Sketch of the medical history of the native army of Bombay, for the year
Year: 1870
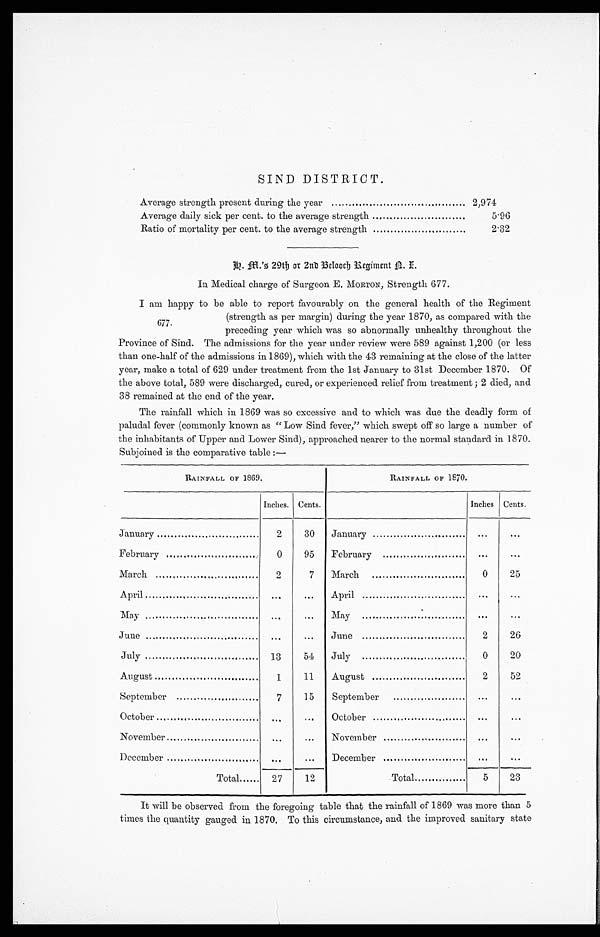
SIND DISTRICT.
Average strength present during the year
2,974
Average daily sick per cent. to the average strength
5.96
Ratio of mortality per cent. to the average strength
2.32
h . m . ' s
2 9 t h o r 2 n d B e l o o c h R e g i m e n t n . i .
In Medical charge of Surgeon E. MORTON, Strength 677.
I am happy to be able to report favourably on the general health of the Regiment
(strength as per margin) during the year 1870, as compared with the
preceding year which was so abnormally unhealthy throughout the
Province of Sind. The admissions for the year under review were 589 against 1,200 (or less
than one-half of the admissions in 1869), which with the 43 remaining at the close of the latter
year, make a total of 629 under treatment from the 1st January to 31st December 1870. Of
the above total, 589 were discharged, cured, or experienced relief from treatment; 2 died, and
38 remained at the end of the year.
The rainfall which in 1869 was so excessive and to which was due the deadly form of
paludal fever (commonly known as "Low Sind fever," which swept off so large a number of
the inhabitants of Upper and Lower Sind), approached nearer to the normal standard in 1870.
Subjoined is the comparative table:—
RAINFALL OF 1869.
RAINFALL OF 1870.
Inches. Cents.
Inches Cents.
January
2
30
January
. . .
. . .
February
0
95
February
. . .
. . .
March
2
7
March
0
25
April
...
...
April
. . .
...
May
...
. . . May
... ...
June
. . .
. . .
June
2
26
July
13
54
July
0
20
August
1
11
August
2
52
September
7
15
September
. . .
. . .
October
. . .
. . .
October
. . .
. . .
November
. . .
. . . .
November
. . .
. . .
December
. . .
. . .
December
...
. . .
Total
27
12
Total
5
23
677.
It will be observed from the foregoing table that the rainfall of 1869 was more than 5
times the quantity gauged in 1870. To this circumstance, and the improved sanitary state